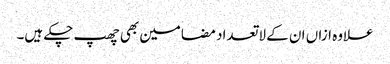
علاوہ ازاں ان کے لاتعداد مضامین بھی چھپ چکے ہیں۔